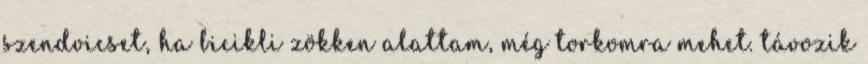
szendvicset, ha bicikli zökken alattam, még torkomra mehet. távozik